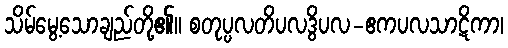
သိမ်မွေ့သောချည်တို့၏။ စတုပ္ပလတိပလဒွိပလ-ဧကပလသာဋိကာ၊